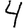
Digit: 4